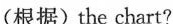
(根据) the chart?